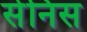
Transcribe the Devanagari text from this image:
सेनिस